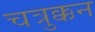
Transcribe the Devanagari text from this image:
चत्रुक्कन